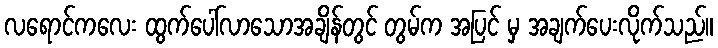
လရောင်ကလေး ထွက်ပေါ်လာသောအချိန်တွင် တွမ်က အပြင် မှ အချက်ပေးလိုက်သည်။